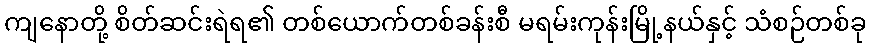
ကျနောတို့ စိတ်ဆင်းရဲရ၏ တစ်ယောက်တစ်ခန်းစီ မရမ်းကုန်းမြို့နယ်နှင့် သံစဉ်တစ်ခု